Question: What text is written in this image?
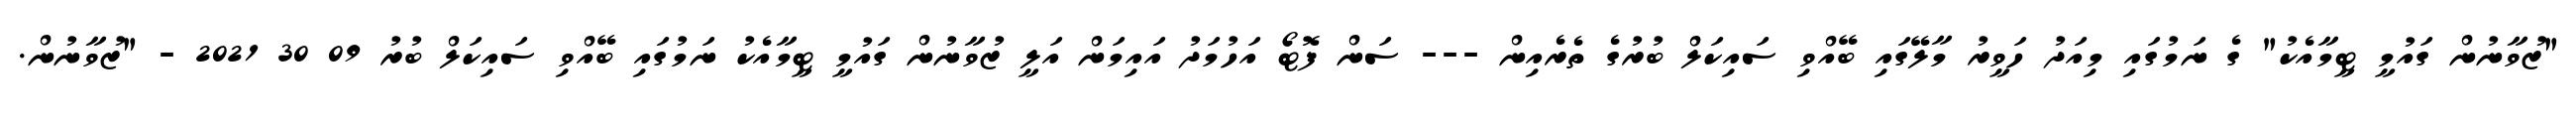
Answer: "ޒުވާނުން ގައުމީ ޓީމާއެކު" ގެ ނަމުގައި މިއަދު ހަވީރު މާލޭގައި ބޭއްވި ސައިކަލް ބުރުގެ ތެރެއިން --- ސަން ފޮޓޯ އަހުމަދު އައިމަން އަލީ ޒުވާނުން ގައުމީ ޓީމާއެކު ނަމުގައި ބޭއްވި ސައިކަލް ބުރު 09 30 2021 - "ޒުވާނުން.